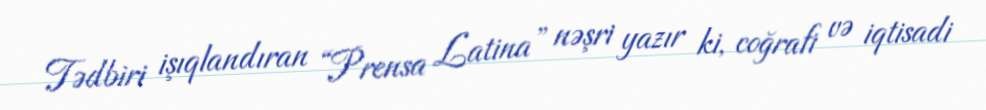
Tədbiri işıqlandıran “Prensa Latina” nəşri yazır ki, coğrafi və iqtisadi